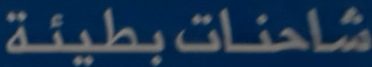
شاحنات-بطيئة